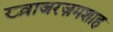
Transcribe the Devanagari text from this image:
ख्व़ाजरज़मशाह